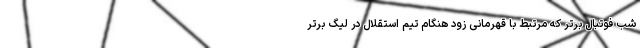
شب فوتبال برتر که مرتبط با قهرمانی زود هنگام تیم استقلال در لیگ برتر